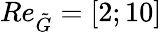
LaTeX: Re_{\tilde{G}}=[2;10]